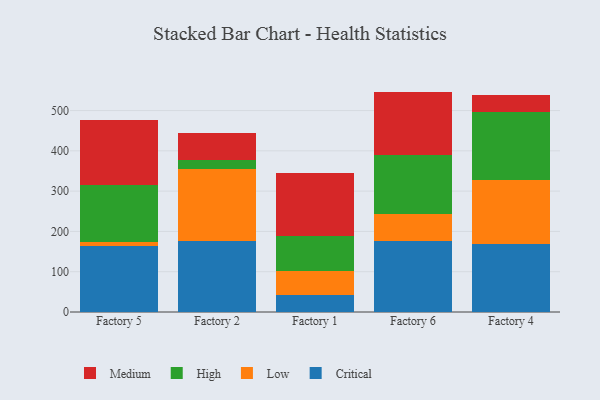
{"axis": {"x": "Factory", "y": "Bounce Rate (%)"}, "legend": ["Critical", "High", "Low", "Medium"], "data": [{"x": "Factory 5", "y": 163.6, "type": "Critical"}, {"x": "Factory 5", "y": 9.1, "type": "Low"}, {"x": "Factory 5", "y": 141.8, "type": "High"}, {"x": "Factory 5", "y": 162.9, "type": "Medium"}, {"x": "Factory 2", "y": 176.4, "type": "Critical"}, {"x": "Factory 2", "y": 178.0, "type": "Low"}, {"x": "Factory 2", "y": 23.6, "type": "High"}, {"x": "Factory 2", "y": 66.3, "type": "Medium"}, {"x": "Factory 1", "y": 43.1, "type": "Critical"}, {"x": "Factory 1", "y": 57.9, "type": "Low"}, {"x": "Factory 1", "y": 88.4, "type": "High"}, {"x": "Factory 1", "y": 155.6, "type": "Medium"}, {"x": "Factory 6", "y": 177.1, "type": "Critical"}, {"x": "Factory 6", "y": 65.2, "type": "Low"}, {"x": "Factory 6", "y": 147.4, "type": "High"}, {"x": "Factory 6", "y": 157.3, "type": "Medium"}, {"x": "Factory 4", "y": 168.0, "type": "Critical"}, {"x": "Factory 4", "y": 159.4, "type": "Low"}, {"x": "Factory 4", "y": 168.7, "type": "High"}, {"x": "Factory 4", "y": 41.6, "type": "Medium"}]}